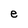
Character: e